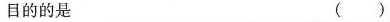
目的的是 ()